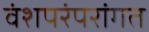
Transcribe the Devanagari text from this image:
वंशपरंपरांगत